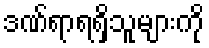
ဒဏ်ရာရရှိသူများကို